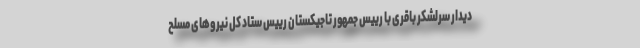
دیدار سرلشکر باقری با رییس جمهور تاجیکستان رییس ستاد کل نیرو‌های مسلح